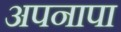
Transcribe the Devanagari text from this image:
अपनापा